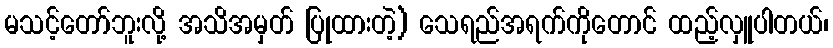
မသင့်တော်ဘူးလို့ အသိအမှတ် ပြုထားတဲ့) သေရည်အရက်ကိုတောင် ထည့်လှူပါတယ်၊